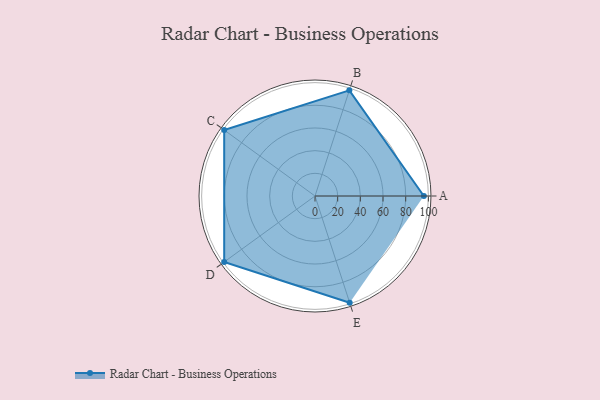
{"axis": {"x": "Skill", "y": "Score"}, "legend": ["Profile"], "data": [{"x": "A", "y": 96.0, "type": "Profile"}, {"x": "B", "y": 98.0, "type": "Profile"}, {"x": "C", "y": 99, "type": "Profile"}, {"x": "D", "y": 99, "type": "Profile"}, {"x": "E", "y": 99, "type": "Profile"}]}